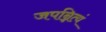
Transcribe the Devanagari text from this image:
जपन्नित्यं